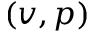
( v , p )